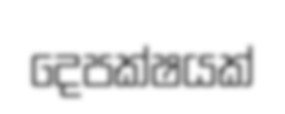
දෙපක්ෂයක්